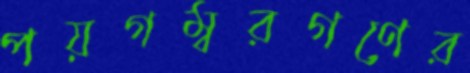
পয়গম্বরগণের